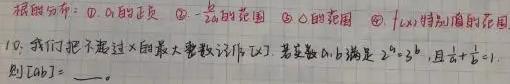
根据分布：\textcircled{1} \(0\) 的距离 \textcircled{2} \(-\frac{1}{2}\) 的范围 \textcircled{3} \(0\) 的范围 \textcircled{4} \(f(x)\) 特别值的范围
10. 我们把不超过 \(x\) 的最大整数记作 \([x]\) . 若实数 \(a,b\) 满足 \(2^{a}=3^{b}\) , 且 \(\frac {1}{a}+\frac {1}{b}=1\) , 则 \([ab]=\)  。